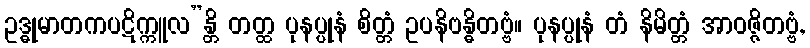
ဥဒ္ဓုမာတကပဋိက္ကူလ”န္တိ တတ္ထ ပုနပ္ပုနံ စိတ္တံ ဥပနိဗန္ဓိတဗ္ဗံ။ ပုနပ္ပုနံ တံ နိမိတ္တံ အာဝဇ္ဇိတဗ္ဗံ,